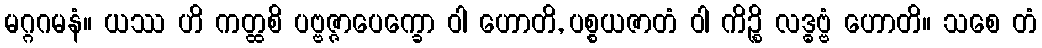
မဂ္ဂဂမနံ။ ယဿ ဟိ ကတ္ထစိ ပဗ္ဗဇ္ဇာပေက္ခော ဝါ ဟောတိ, ပစ္စယဇာတံ ဝါ ကိဉ္စိ လဒ္ဓဗ္ဗံ ဟောတိ။ သစေ တံ